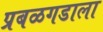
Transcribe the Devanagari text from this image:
प्रबळगडाला